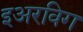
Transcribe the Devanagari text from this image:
इअरविग